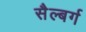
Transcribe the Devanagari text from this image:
सैल्बर्ग